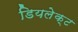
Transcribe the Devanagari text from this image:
डियलेक्ट